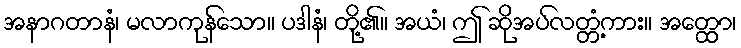
အနာဂတာနံ၊ မလာကုန်သော။ ပဒါနံ၊ တို့၏။ အယံ၊ ဤ ဆိုအပ်လတ္တံ့ကား။ အတ္ထော၊